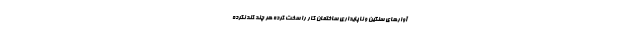
آوارهای سنگین و ناپایداری ساختمان کار را سخت کرده هر چند کند نکرده